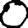
Digit: 0